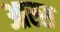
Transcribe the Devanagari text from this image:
आस्स